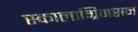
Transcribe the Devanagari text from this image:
स्कालाग्रिमसन